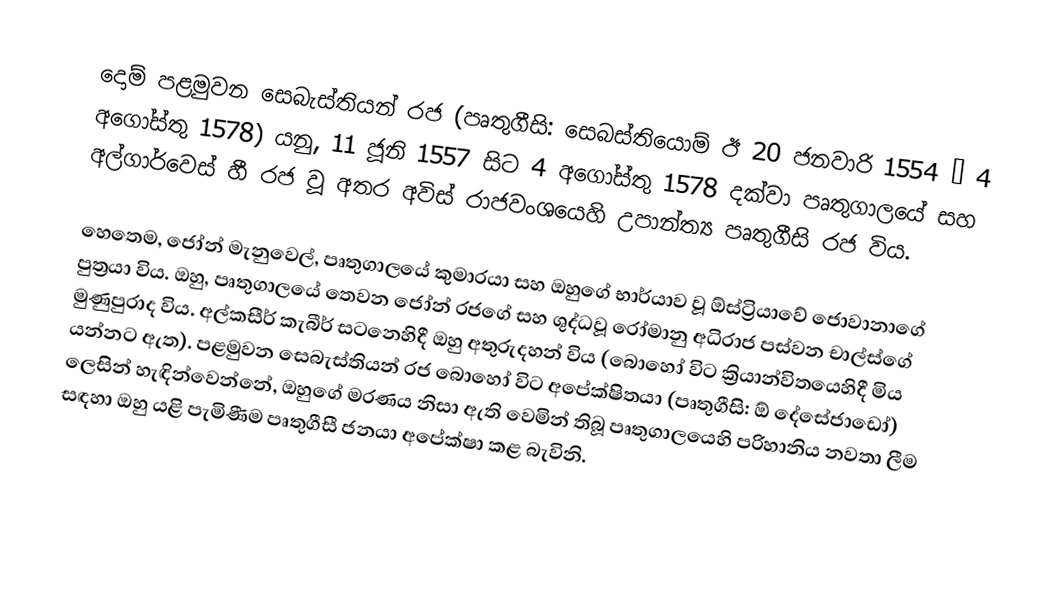
දොම් පළමුවන සෙබැස්තියන් රජ (පෘතුගීසි: සෙබස්තියොම් ඊ 20 ජනවාරි 1554 – 4 අගෝස්තු 1578) යනු,  11 ජූනි 1557 සිට 4 අගෝස්තු 1578 දක්වා පෘතුගාලයේ සහ අල්ගාර්වෙස් හී රජ වූ අතර  අවිස් රාජවංශයෙහි උපාන්ත්‍ය පෘතුගීසි රජ විය.

හෙතෙම, ජෝන් මැනුවෙල්, පෘතුගාලයේ කුමාරයා සහ ඔහුගේ භාර්යාව වූ  ඕස්ට්‍රියාවේ ජොවානාගේ පුත්‍රයා විය. ඔහු,  පෘතුගාලයේ තෙවන ජෝන් රජගේ සහ  ශුද්ධවූ රෝමානු අධිරාජ පස්වන චාල්ස්ගේ මුණුපුරාද විය.  අල්කසීර් කැබීර් සටනෙහිදී ඔහු අතුරුදහන් විය (බොහෝ විට ක්‍රියාන්විතයෙහිදී මිය යන්නට ඇත). පළමුවන සෙබැස්තියන් රජ බොහෝ විට අපේක්ෂිතයා (පෘතුගීසි: ඕ දේසේජාඩෝ) ලෙසින් හැඳින්වෙන්නේ, ඔහුගේ මරණය නිසා ඇති වෙමින් තිබූ පෘතුගාලයෙහි පරිහානිය නවතා ලීම සඳහා ඔහු යළි පැමිණීම පෘතුගීසී ජනයා අපේක්ෂා කළ බැවිනි.